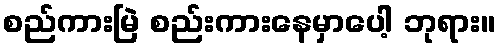
စည်ကားမြဲ စည်းကားနေမှာပေါ့ ဘုရား။